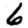
Digit: 6